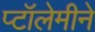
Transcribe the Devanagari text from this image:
प्टॉलेमीने